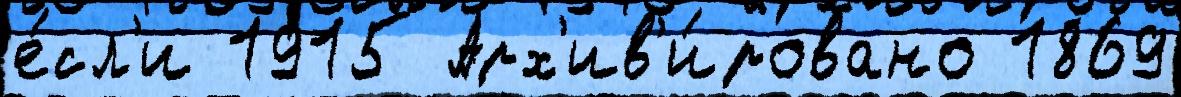
е́сл'и 1915 Арх'ив'и́ровано 1869